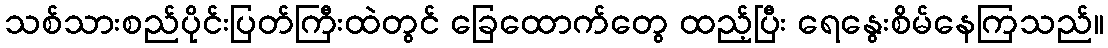
သစ်သားစည်ပိုင်းပြတ်ကြီးထဲတွင် ခြေထောက်တွေ ထည့်ပြီး ရေနွေးစိမ်နေကြသည်။